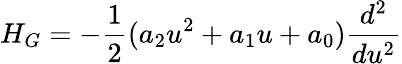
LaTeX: H_{G}=-\frac{1}{2}(a_{2}u^{2}+a_{1}u+a_{0})\frac{d^{2}}{du^{2}}